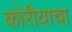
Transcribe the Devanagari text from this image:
कोरीयाचा